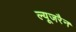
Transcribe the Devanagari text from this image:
ल्यूजरैन